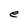
Character: e